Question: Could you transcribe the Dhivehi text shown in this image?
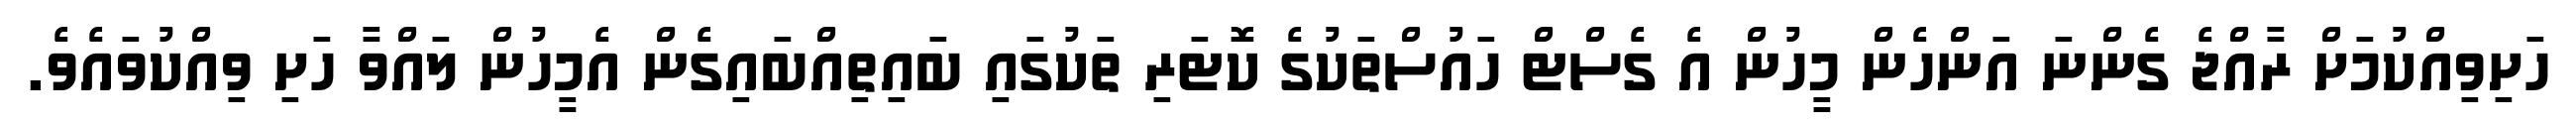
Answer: ހަށިވިއްކުމަށް ރާއްޖެ ގެންނަ އަންހެން މީހުން އެ ގެސްޓް ހައުސްތަކުގެ ކޮޓަރި ތަކުގައި ބައިތިއްބައިގެން އެމީހުން ލައްވާ ހަށި ވިއްކުވައެވެ.